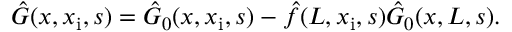
\begin{array} { r } { \hat { G } ( x , x _ { \mathrm { i } } , s ) = \hat { G } _ { 0 } ( x , x _ { \mathrm { i } } , s ) - \hat { f } ( L , x _ { \mathrm { i } } , s ) \hat { G } _ { 0 } ( x , L , s ) . } \end{array}